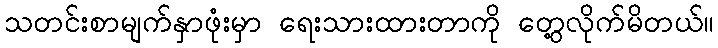
သတင်းစာမျက်နှာဖုံးမှာ ရေးသားထားတာကို တွေ့လိုက်မိတယ်။